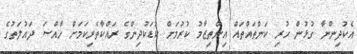
އެކުދިންނާ ގުޅުން ހުރި ކަންތައްތައް އިންތިޒާމު ކުރުމަށް ކުޑަކުދިންގެ ރައްކާތެރިކަމަށް ހާއްސަ ދައުލަތުގެ